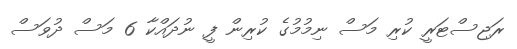
ރަޖިސްޓަރީ ކުރި މަސް ނިމުމުގެ ކުރިން ފީ ނުދައްކާ 6 މަސް ދުވަސް